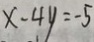
x - 4 y = - 5